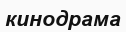
кинодрама